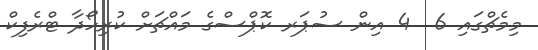
މިމެޗްގައި 6  4 އިން ސުޕަރ ކޮޕްސްގެ މައްޗަށް ކުރިހޯދާ ޓްރެފިކް